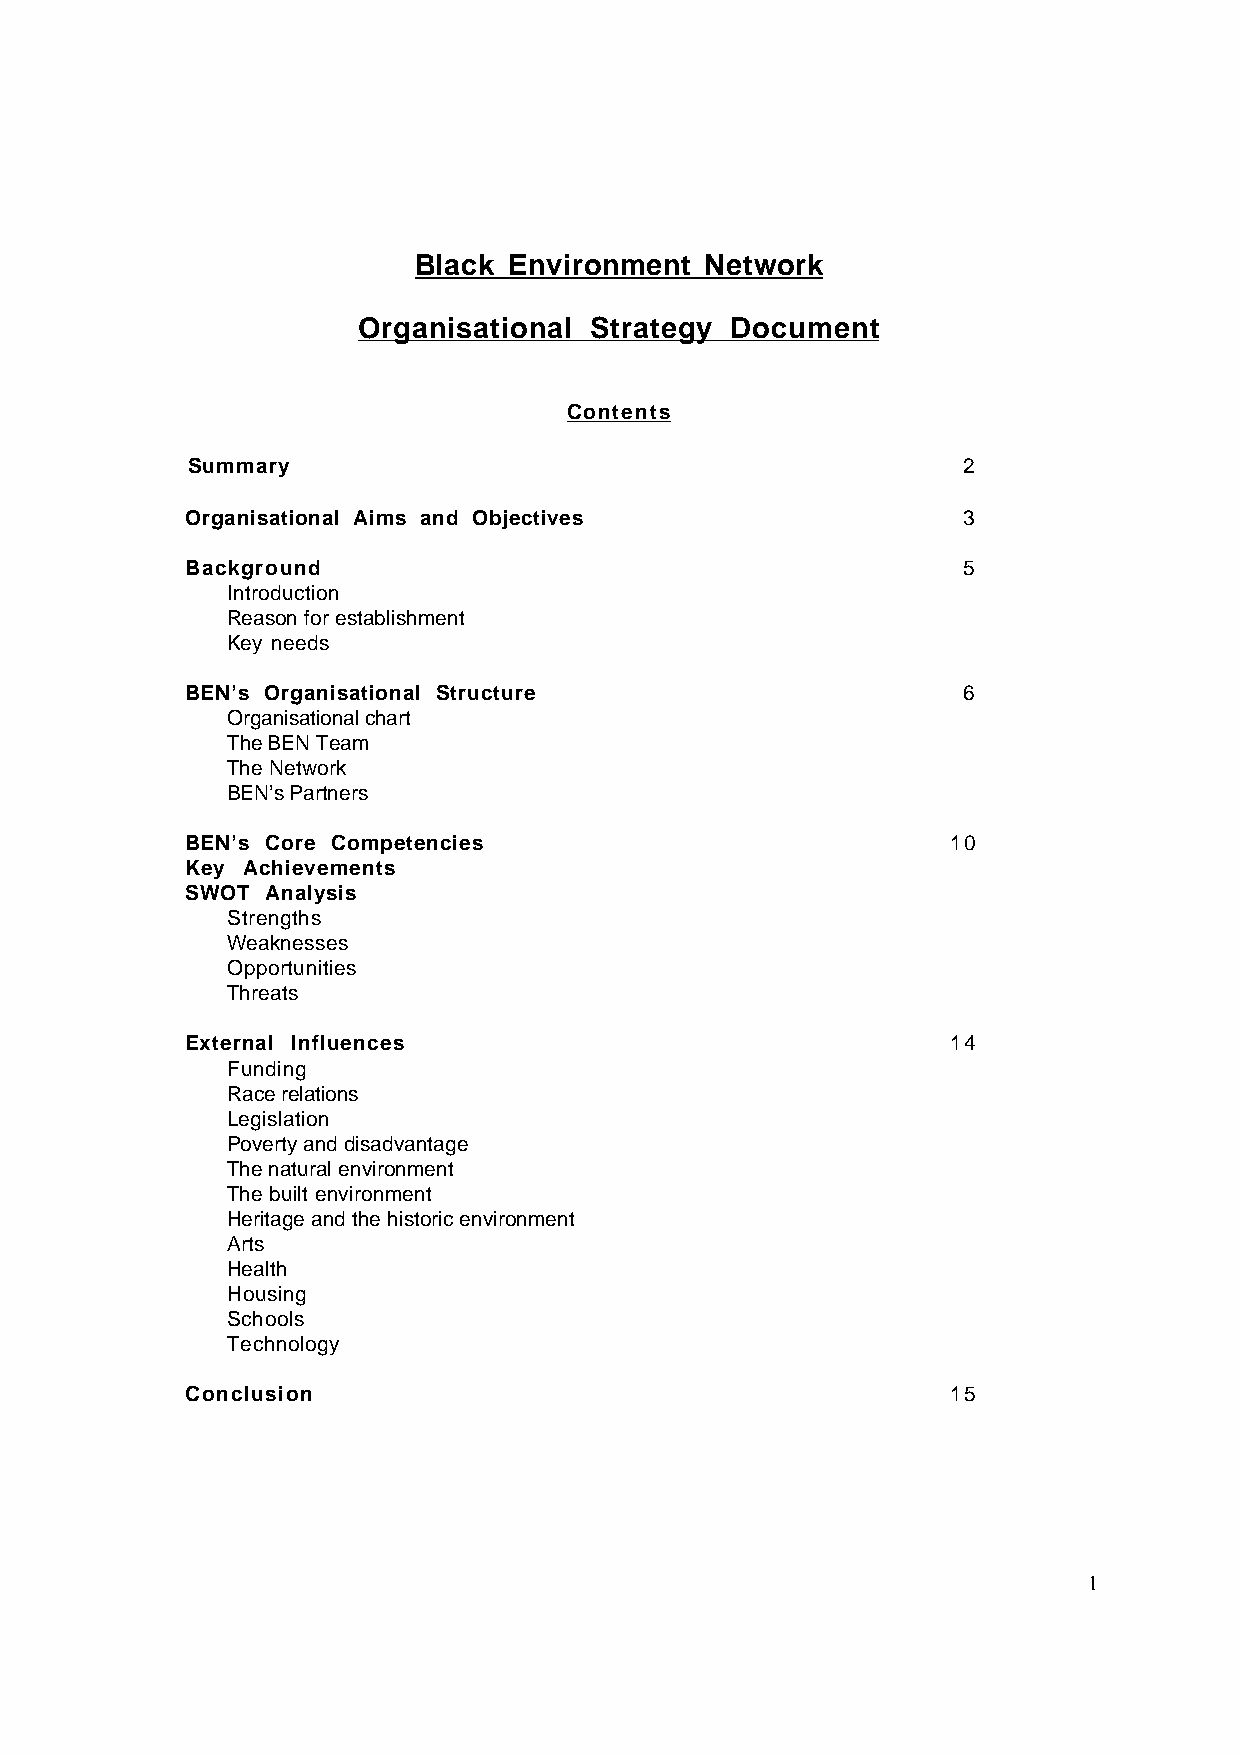
Black  Environment  Network
 Organisational Strategy Document
 Contents
 Summary                                             2
 Organisational Aims and Objectives                  3
 Background                                          5
 Introduction
 Reason for establishment
 Key needs
 BEN’s Organisational Structure                      6
 Organisational chart
 The BEN Team
 The Network
 BEN’s Partners
 BEN’s Core Competencies                            10
 Key Achievements
 SWOT  Analysis
 Strengths
 Weaknesses
 Opportunities
 Threats
 External Influences                                14
 Funding
 Race relations
 Legislation
 Poverty and disadvantage
 The natural environment
 The built environment
 Heritage and the historic environment
 Arts
 Health
 Housing
 Schools
 Technology
 Conclusion                                         15
 1